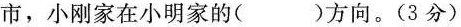
市，小刚家在小明家的( )方向。(3分)